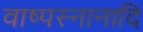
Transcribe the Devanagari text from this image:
वाष्पस्नानादि